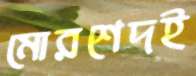
মোরশেদই